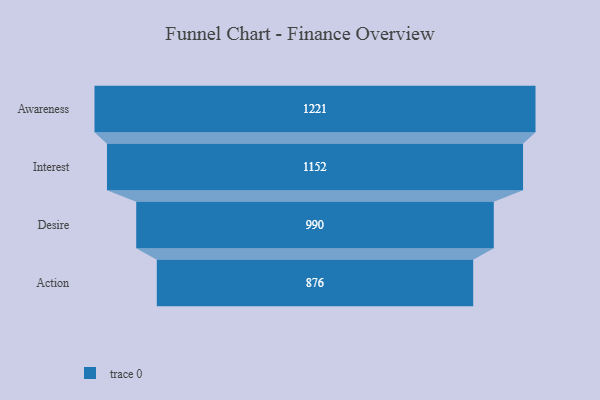
{"axis": {"x": "Stage", "y": "Value"}, "legend": [""], "data": [{"x": "Awareness", "y": 1221.0, "type": ""}, {"x": "Interest", "y": 1152.0, "type": ""}, {"x": "Desire", "y": 990.0, "type": ""}, {"x": "Action", "y": 876.0, "type": ""}]}